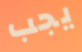
يجب